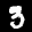
Label: 3